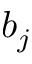
b _ { j }